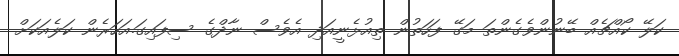
ކަލޭ ކޯއްޗެއް ބޭނުންވެގެންތަ މަގޭ ފަހަތުން ތިއުޅެނީއަދި އެވެސް ނާދްގެ ސިފައިގަ.އަހަރެން ކަލެއަކަށް